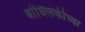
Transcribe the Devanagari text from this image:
बांधिलकीच्या